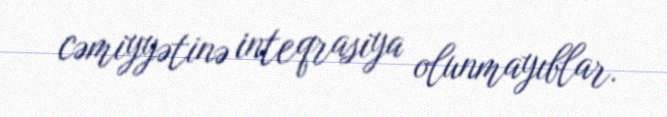
cəmiyyətinə inteqrasiya olunmayıblar.